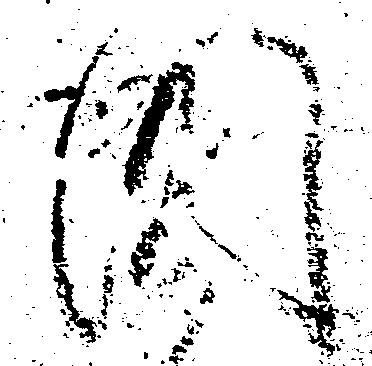
国